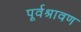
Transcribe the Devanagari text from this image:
पूर्वश्रावण